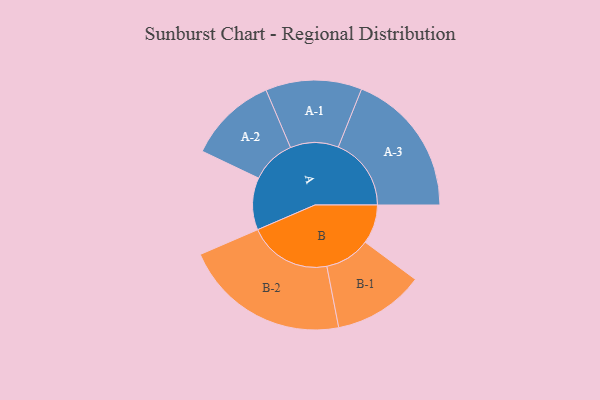
{"axis": {"x": "Segment", "y": "Value"}, "legend": ["", "A", "B"], "data": [{"x": "A", "y": 179, "type": ""}, {"x": "B", "y": 134, "type": ""}, {"x": "A-1", "y": 165, "type": "A"}, {"x": "A-2", "y": 152, "type": "A"}, {"x": "A-3", "y": 250, "type": "A"}, {"x": "B-1", "y": 156, "type": "B"}, {"x": "B-2", "y": 285, "type": "B"}]}